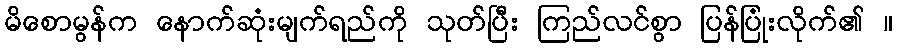
မိစောမွန်က နောက်ဆုံးမျက်ရည်ကို သုတ်ပြီး ကြည်လင်စွာ ပြန်ပြုံးလိုက်၏ ။